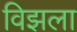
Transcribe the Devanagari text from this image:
विझला